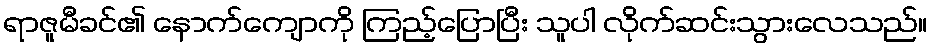
ရာဇူမီခင်၏ နောက်ကျောကို ကြည့်ပြောပြီး သူပါ လိုက်ဆင်းသွားလေသည်။